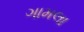
ગામલા